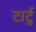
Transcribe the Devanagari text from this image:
टार्टु